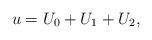
LaTeX: \begin{align*}u=U_0+U_1+U_2,\end{align*}